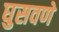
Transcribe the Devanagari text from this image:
घुसवणे